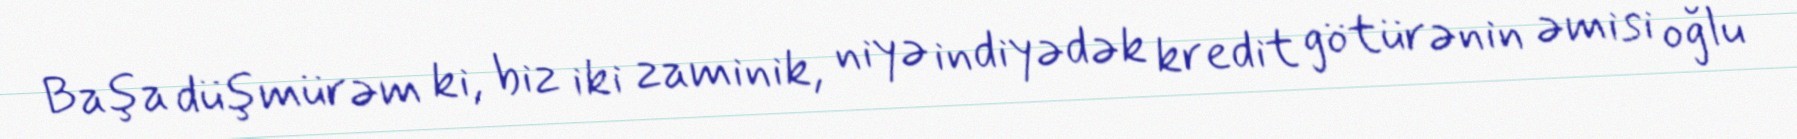
Başa düşmürəm ki, biz iki zaminik, niyə indiyədək kredit götürənin əmisi oğlu